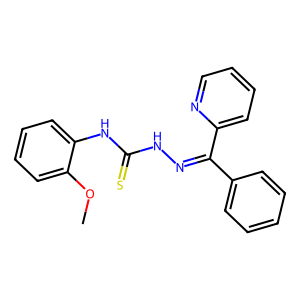
SMILES: COc1ccccc1NC(=S)NN=C(c1ccccc1)c1ccccn1
Inhibits HIV replication: No